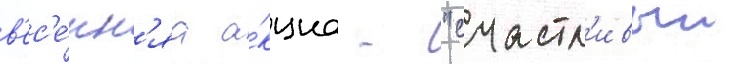
в'ес'е́нн'яа а́кциа - "счастл'ивыи